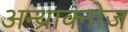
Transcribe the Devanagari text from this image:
अन्थ्राक्नोज़